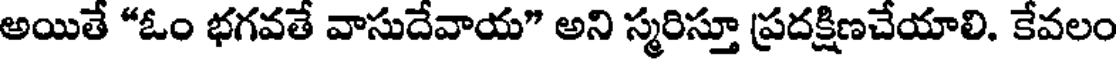
అయితే "ఓం భగవతే వాసుదేవాయ" అని స్మరిస్తూ ప్రదక్షిణచేయాలి. కేవలం